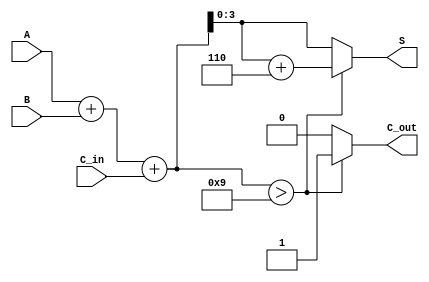
module BCD_Carry_Lookahead_Adder (
    input [3:0] A,        // First BCD digit
    input [3:0] B,        // Second BCD digit
    input C_in,           // Carry-in signal
    output reg [3:0] S,   // BCD sum output
    output reg C_out      // Carry-out signal
);

    wire [4:0] S_temp;    // Temporary sum (5 bits to accommodate carry)
    wire C1, C2, C3, C4;  // Carry signals

    // Calculate initial sum
    assign S_temp = A + B + C_in;

    // Generate carry signals
    assign C1 = (A[0] & B[0]) | ((A[0] ^ B[0]) & C_in);
    assign C2 = (A[1] & B[1]) | ((A[1] ^ B[1]) & C1);
    assign C3 = (A[2] & B[2]) | ((A[2] ^ B[2]) & C2);
    assign C4 = (A[3] & B[3]) | ((A[3] ^ B[3]) & C3);

    // Determine carry-out and adjust sum if necessary
    always @(*) begin
        if (S_temp > 9) begin
            C_out = 1; // Set carry-out if sum exceeds BCD range
            S = S_temp + 6; // Adjust sum by adding 6
        end else begin
            C_out = 0; // No carry-out
            S = S_temp[3:0]; // Use lower 4 bits of sum
        end
    end

endmodule